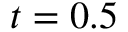
t = 0 . 5